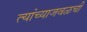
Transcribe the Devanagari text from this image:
त्यांच्याजवळची